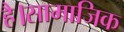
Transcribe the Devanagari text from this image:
है।सामाजिक